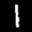
Label: 1